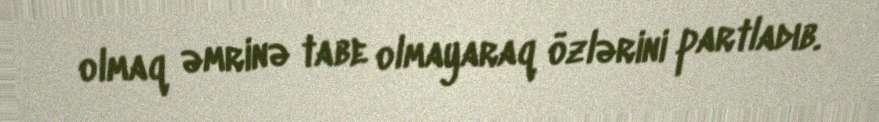
olmaq əmrinə tabe olmayaraq özlərini partladıb.